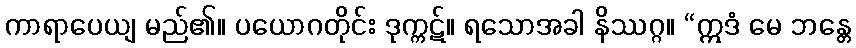
ကာရာပေယျ မည်၏။ ပယောဂတိုင်း ဒုက္ကဋ်။ ရသောအခါ နိဿဂ္ဂ။ “ဣဒံ မေ ဘန္တေ